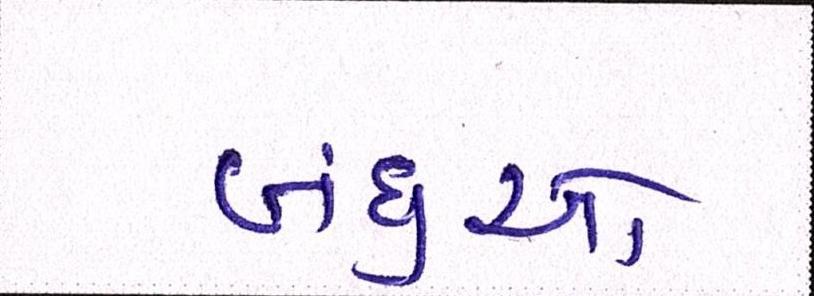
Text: બંધુઓ